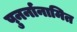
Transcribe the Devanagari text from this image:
पुनर्नानामित